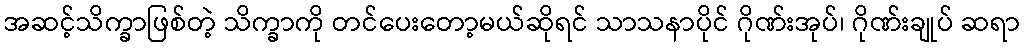
အဆင့်သိက္ခာဖြစ်တဲ့ သိက္ခာကို တင်ပေးတော့မယ်ဆိုရင် သာသနာပိုင် ဂိုဏ်းအုပ်၊ ဂိုဏ်းချုပ် ဆရာ